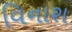
વિનાશ